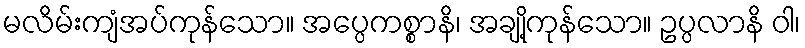
မလိမ်းကျံအပ်ကုန်သော။ အပ္ပေကစ္စာနိ၊ အချို့ကုန်သော။ ဥပ္ပလာနိ ဝါ၊